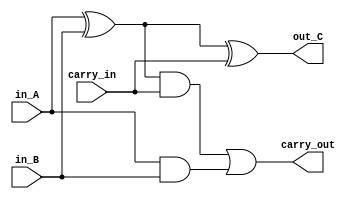
module full_adder(in_A, in_B, carry_in, out_C, carry_out);
input in_A, in_B, carry_in;
output carry_out, out_C;
wire c1, c2, c3;

xor (c1, in_A, in_B) ;
xor (out_C, c1, carry_in);
and (c2, c1, carry_in);
and (c3, in_A, in_B);
or (carry_out, c2, c3);
endmodule

module four_bit_FA ( in_A, in_B, carry_in, out_C, carry_out);
input [3:0]   in_A;
input [3:0]   in_B;
input         carry_in;
output [3:0]  out_C;
output        carry_out;
wire c1, c2, c3;
full_adder fa0(in_A[0], in_B[0], carry_in, out_C[0], c1);
full_adder fa1(in_A[1], in_B[1], c1, out_C[1], c2);
full_adder fa2(in_A[2], in_B[2], c2, out_C[2], c3);
full_adder fa3(in_A[3], in_B[3], c3, out_C[3], carry_out);
endmodule
//4bit Ripple Carry Adder 
module Unsigned_Binary_Multiplier (A, B, out_C);
input   [2:0] A;
input   [3:0] B;
output  [6:0] out_C;

wire [3:0] A0_and;
wire [3:0] A1_and;
wire [3:0] A2_and;
wire [4:0] out_temp1;

genvar i;
for(i=0; i<4; i=i+1) begin
    and(A0_and[i], A[0], B[i]);
end

for(i=0; i<4; i=i+1) begin
    and(A1_and[i], A[1], B[i]);
end

for(i=0; i<4; i=i+1) begin
    and(A2_and[i], A[2], B[i]);
end

assign out_C[0] = A0_and[0];
four_bit_FA fa_0({1'b0,A0_and[3:1]}, A1_and[3:0], 1'b0, out_temp1[3:0], out_temp1[4]);
assign out_C[1] = out_temp1[0];
four_bit_FA fa_1(A2_and[3:0], out_temp1[4:1], 1'b0, out_C[5:2], out_C[6]);

endmodule